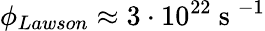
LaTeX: \phi_{Lawson}\approx 3\cdot 10^{22}\mathrm{~s~}^{-1}